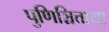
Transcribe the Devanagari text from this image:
पुणिञ्चित्ताया